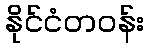
နိုင်ငံတဝန်း